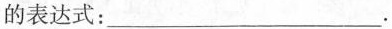
的表达式：___.